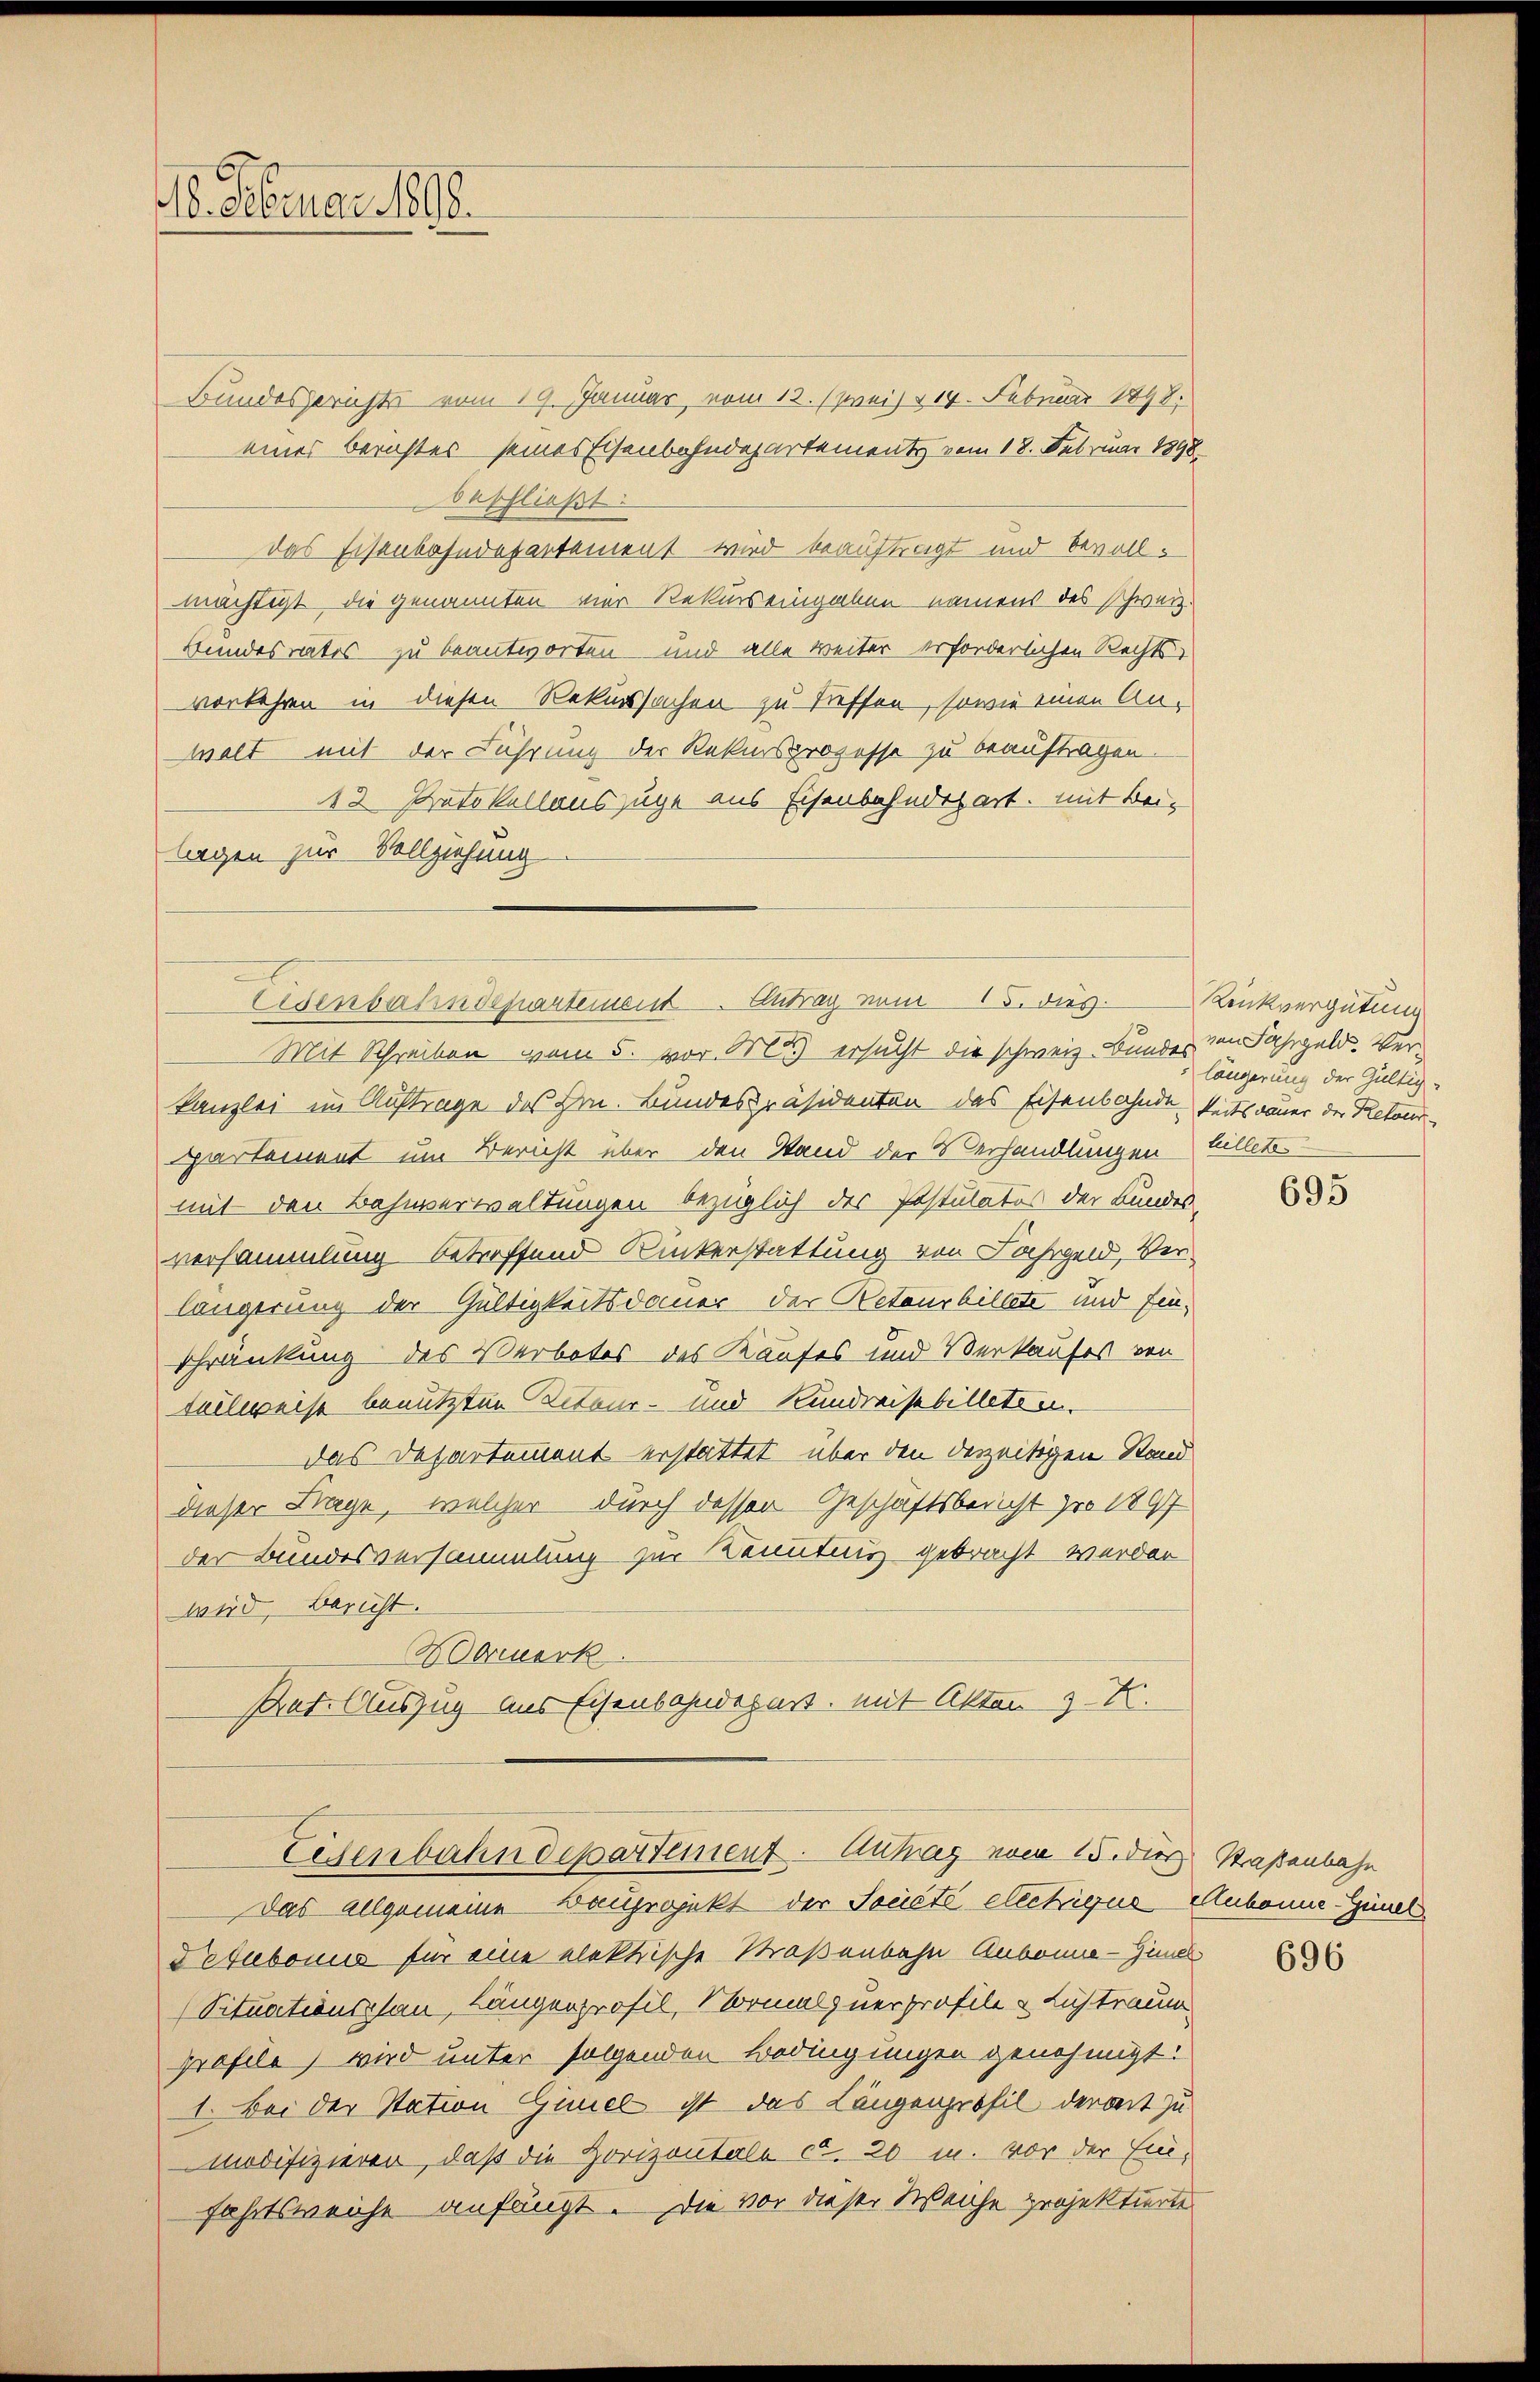
18. Februar 1890.

Bundesgerichts vom 19. Januar vom 12. (preis 214. Februar 1898.
eines Berichtes seines Eisenbahndepartement vom 18. Februar 1898.
beschließt:
das Eisenbahndepartement wird beauftragt und bevollmächtigt, die genannten vier Rekurs eingaben namens des Schweiz.
Bundesrates zu beantworten- und alle weiter erforderlichen Rechtsvorkehren in diesen Rekurssachen zu treffen, sowie einen Anwelt mit der Führung der Rekursprozesse zu beauftragen.
42 Protokollauszuge aus Eisenbahndepart, mit Bei-
legen zur Vollziehung

Eisenbahndepartement. Antrag vom 15. dies

Eisenbahndepartement. Antrag vom 15. des Straßenbahn

Mit Schreiben vom 5. vor M. ersucht die schweiz. Bundes von Fahrgeld. Verkanzlei im Auftrage des Hrn. Bundespräsidenten des Eisenbahnde keitsdauer der Retourpartement um Bericht über den Stand der Verhandlungen billetos
mit den Bahnverwaltungen bezüglich der Postulatus der Kundes-
versammlung betreffend Ruckerstattung von Fahrgeld, Verlängerung der Gültigkeitsdauer der Retourbillete und Einschränkung des Verbotes des Kaufes und Verkaufes von
teilweise benutzten Beteur- und Kundweisebilletten.
Das Departement erstattet über den derzeitigen Stand
dieser Frage, welcher durch dessen Geschäftsbericht pro 1897
der Bundesversammlung zur Kenntung gebracht werden
wird, Bericht.
Marmerk
Pat. Auszug aus Eisenbahndepart, mit Akten 3 Fr.

Das allgemeine Bauprojekt der Soneté eleckigue Aubonne-Günel
Petubonus für eine elektrische Straßenbahn Anbonne-Zimmel
(Situationschau, Längenprofil, Normal zuerprofile u Lichtraum
profile) wird unter folgenden Bedingungen genehmigt.
1. Bei der Station Gimel ist das Längenprofil derart zu
modifizieren, daß die Horizontale d. 20 u. vor der Ein-
fahrtsweiche anfängt. Die vor dieser Weiche projektierte

Renkvergütung
längerung der Gültig-

695

696